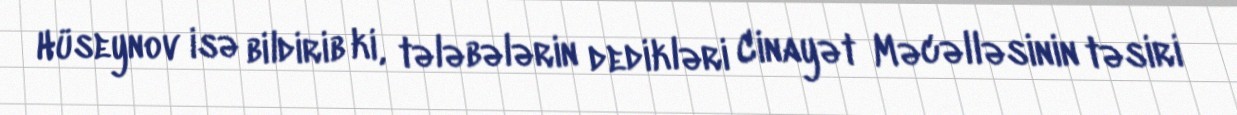
Hüseynov isə bildirib ki, tələbələrin dedikləri Cinayət Məcəlləsinin təsiri